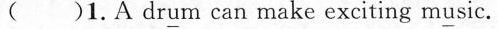
( )1.A drum can make exciting music.